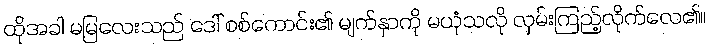
ထိုအခါ မမြလေးသည် ဒေါ် စစ်ကောင်း၏ မျက်နှာကို မယုံသလို လှမ်းကြည့်လိုက်လေ၏။